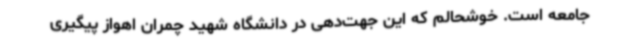
جامعه است. خوشحالم که این جهت‌دهی در دانشگاه شهید چمران اهواز پیگیری